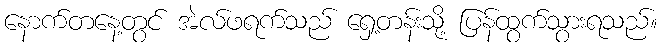
နောက်တနေ့တွင် အဲလ်ဖရက်သည် ရှေ့တန်းသို့ ပြန်ထွက်သွားရသည်။